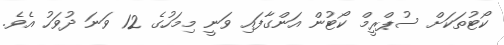
ކޯޓުތަކަށް ސުޕްރީމް ކޯޓުން އަންގާފައި ވަނީ މިމަހުގެ 12 ވަނަ ދުވަހު އެވެ.